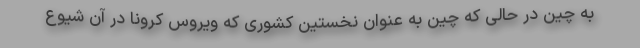
به چین در حالی که چین به عنوان نخستین کشوری که ویروس کرونا در آن شیوع